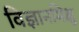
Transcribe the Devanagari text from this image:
विज्ञानमिक्षु